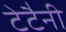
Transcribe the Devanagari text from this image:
टेटैनी